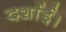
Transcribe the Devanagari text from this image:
दर्शाई।